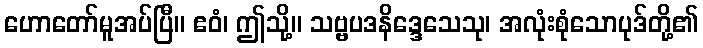
ဟောတော်မူအပ်ပြီ။ ဧဝံ၊ ဤသို့။ သဗ္ဗပဒနိဒ္ဒေသေသု၊ အလုံးစုံသောပုဒ်တို့၏